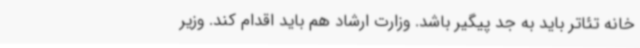
خانه تئاتر باید به جد پیگیر باشد. وزارت ارشاد هم باید اقدام کند. وزیر